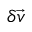
\delta \vec { v }